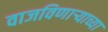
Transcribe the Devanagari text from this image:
वाजविणाऱ्याच्या